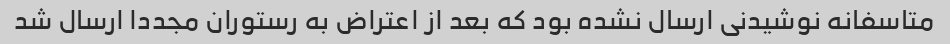
متاسفانه نوشیدنی ارسال نشده بود که بعد از اعتراض به رستوران مجددا ارسال شد